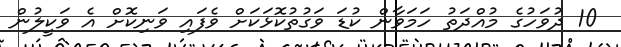
10 ދުވަހުގެ މުއްދަތު ހަމަވާން ކުޑަ ވަގުތުކޮޅަކަށް ވެފައި ވަނިކޮށް އެ ވަކީލުން